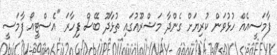
ފާމަސީއެއް ހުޅުވަން ކުރިޔަށް ގެންދާ މަޝްރޫއުގައި ތުޅާދޫ ބޭސް ފިހާރަ "އެސްޓީއޯ ފާމަސީ